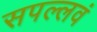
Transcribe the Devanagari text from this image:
सपल्लवं